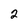
Character: 2